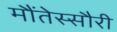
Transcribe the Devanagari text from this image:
मौंतेस्सौरी